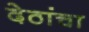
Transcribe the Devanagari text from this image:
देठांचा